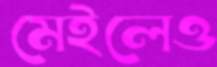
মেইলেও